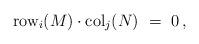
LaTeX: \begin{align*} \mbox{\rm row}_i(M)\cdot\mbox{\rm col}_j(N)\ =\ 0\,,\end{align*}